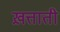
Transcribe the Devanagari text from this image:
ख़त्ताती